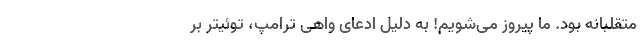
متقلبانه بود. ما پیروز می‌شویم! به دلیل ادعای واهی ترامپ، توئیتر بر